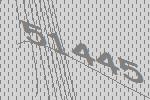
51445